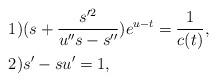
LaTeX: \begin{align*}&1)(s+\frac{s'^2}{u''s-s''})e^{u-t}=\frac{1}{c(t)},\\&2)s'-su'=1,\end{align*}